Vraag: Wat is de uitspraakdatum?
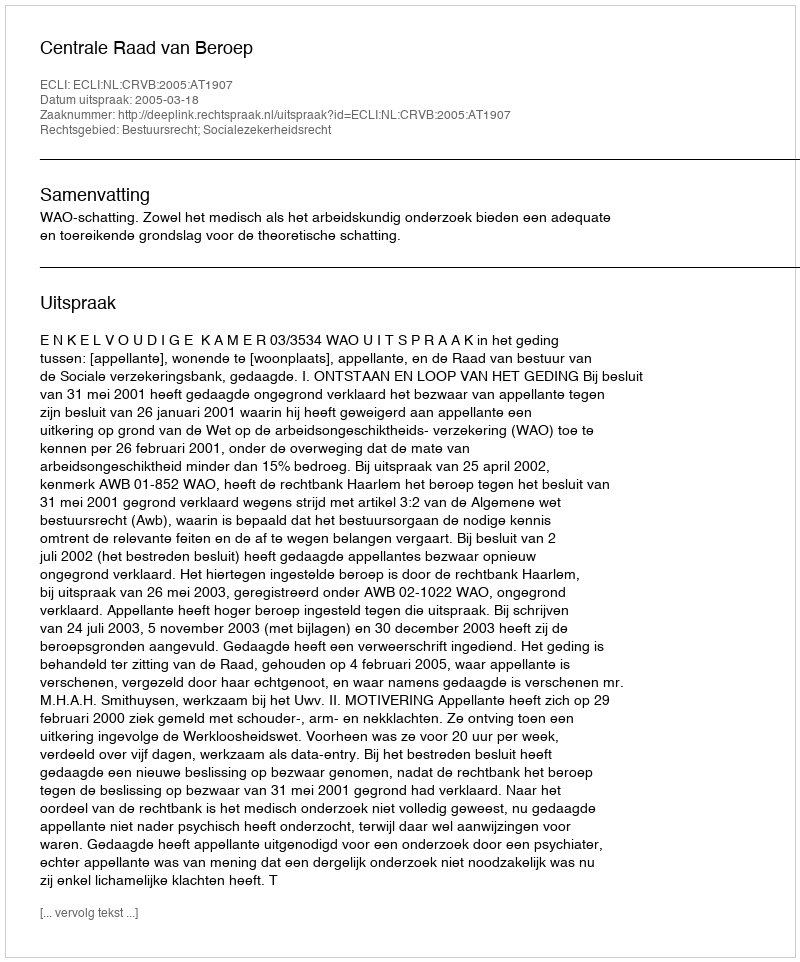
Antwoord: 2005-03-18